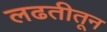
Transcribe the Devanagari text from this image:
लढतीतून